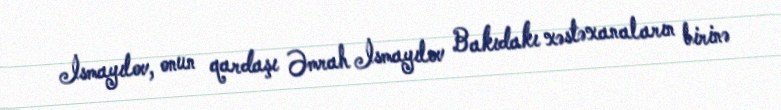
İsmayılov, onun qardaşı Əmrah İsmayılov Bakıdakı xəstəxanaların birinə